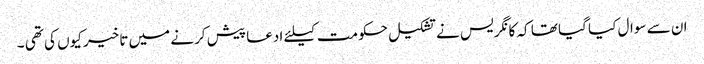
ان سے سوال کیا گیا تھا کہ کانگریس نے تشکیل حکومت کیلئے ادعا پیش کرنے میں تاخیر کیوں کی تھی ۔